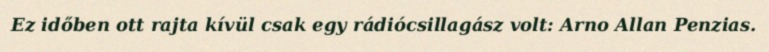
Ez időben ott rajta kívül csak egy rádiócsillagász volt: Arno Allan Penzias.